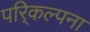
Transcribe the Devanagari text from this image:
परि्कल्पना